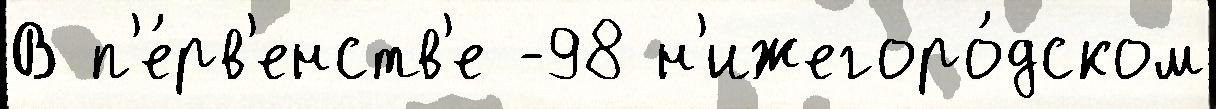
В п'е́рв'енств'е -98 н'ижегоро́дском